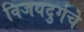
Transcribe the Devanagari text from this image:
विजयदुर्गचे